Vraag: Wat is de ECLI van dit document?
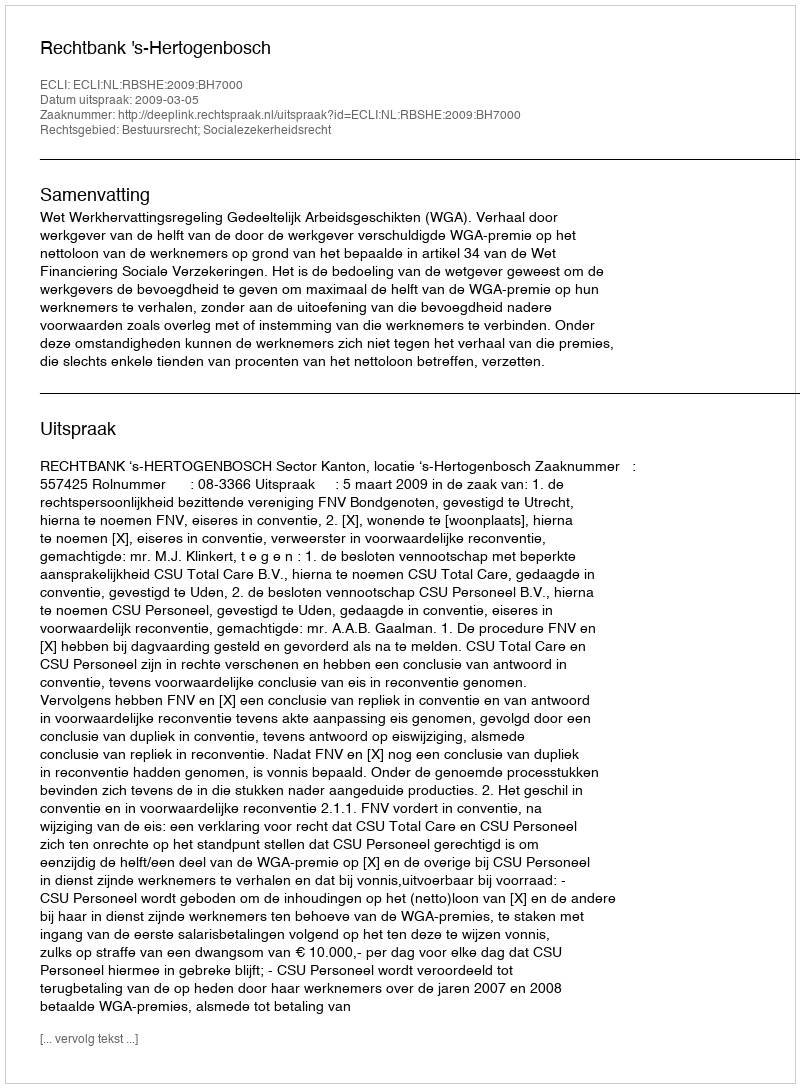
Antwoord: ECLI:NL:RBSHE:2009:BH7000